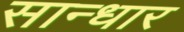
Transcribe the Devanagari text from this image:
सान्धार